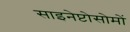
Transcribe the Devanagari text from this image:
साइनेप्टोसोमों